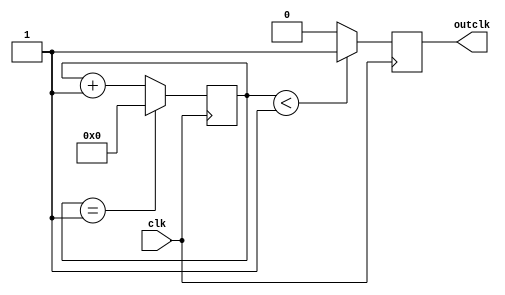
module DIVCLK
#(parameter DIVCOUNT = 2)
(
  input clk,
  output reg outclk
);
	reg [31:0] counter;
	
	initial
	begin
		counter = 0;
		outclk = 0;
	end
	
	always@(posedge clk)
	begin
		if(counter == DIVCOUNT - 1)
			counter <= 0;
		else
			counter <= counter + 1;
			
		outclk <= (counter < DIVCOUNT/2) ? 1'b1 : 1'b0;
	end

endmodule